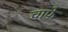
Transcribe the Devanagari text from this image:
चाफे